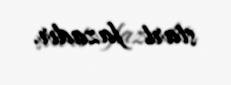
start fazadır.